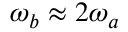
\omega _ { b } \approx 2 \omega _ { a }